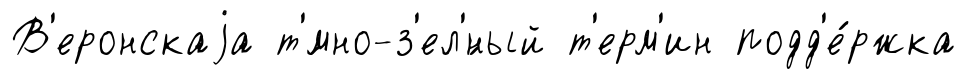
В'еронскаjа т'́мно-з'ел'́ный т'ерм'ин подд'е́ржка